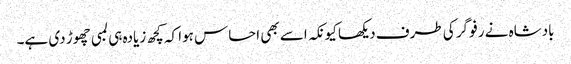
بادشاہ نے رفو گر کی طرف دیکھا کیونکہ اسے بھی احساس ہوا کہ کچھ زیادہ ہی لمبی چھوڑ دی ہے۔